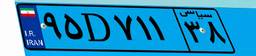
۴۵D۵۷۷۳۶